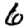
Digit: 6